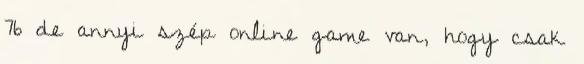
76 de annyi szép online game van, hogy csak